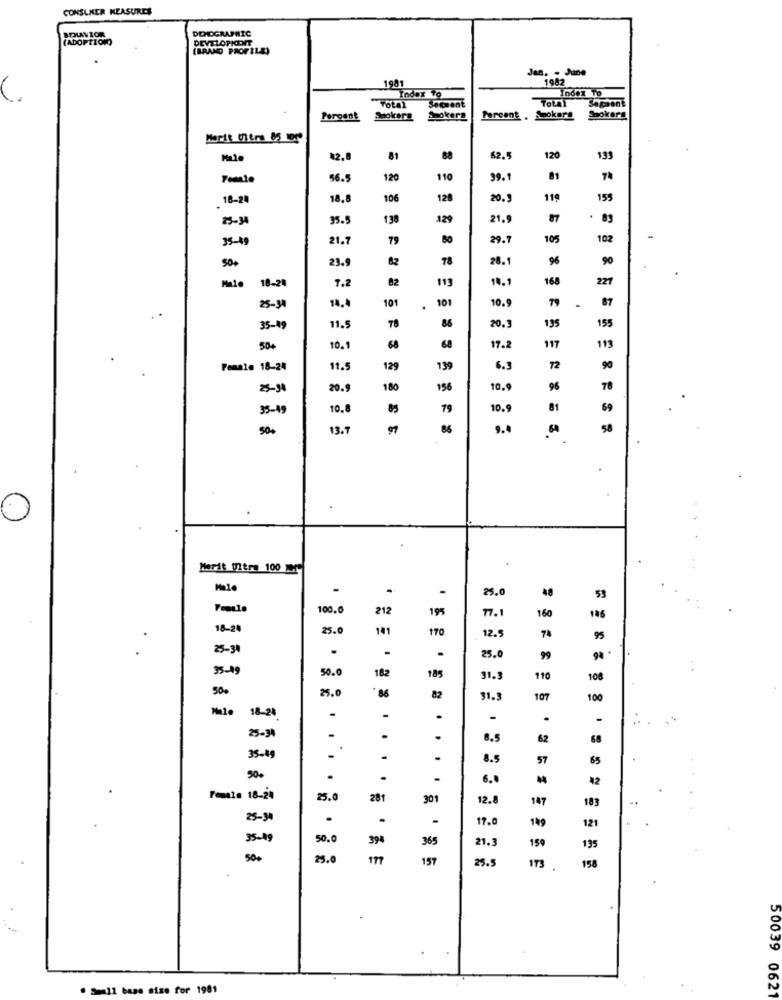
CONSUMER MEASURE
DEMOGRAPHIC
(ADOPTION)
DEVELOPKENT
(BRAND PROFILE)
Jan. - June
1981
1982
Index To
Index To
Segment
TOLA1
Sagaent
Peroest
Stokers
Spokera
Percent , Lookers
Sookara
Marit Uitra 85 1099
12.8
81
88
120
133
56.5
120
110
99.1
81
18-24
18.
106
128
20.
119
159
25-34
35.5
13
129
21.
.
35-49
21.7
79
29.
105
102
23.9
82
78
28.
96
90
50+
18-24
7.2
82
113
14.1
168
227
101
101
10.9
87
25-30
14.4
.
79
20.
195
155
35-19
11.5
78
86
117
11
504
10.1
68
68
17.2
Female 18-24
11.5
129
139
6.3
72
90
25-38
20.9
180
156
10.
96
78
35-49
10.
79
10.
81
69
50+
13.7
9.4
58
Marit Ultra 100 09
25.0
48
53
100.0
212
195
77.1
160
185
18-20
25.0
141
170
12.5
74
95
25-31
.
25.0
99
94
35-19
50.0
182
185
31.
110
108
50%
25.0
86
82
31.5
107
100
18-24
-
-
25-34
.
6.5
62
.
35-49
-
1
.
8.5
57
65
.
.
.
6.0
42
Female 18-24
25.0
281
301
12.8
147
183
25-34
.
17.
121
149
95-19
50.
394
365
21.3
159
195
500
25.6
157
25.5
173
158
. Small base sise for 1981
50039 0621